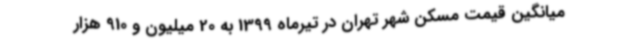
میانگین قیمت مسکن شهر تهران در تیرماه 1399 به 20 میلیون و 910 هزار